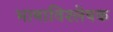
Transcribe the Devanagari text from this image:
भाषाविश्लेषक